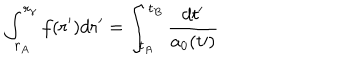
\int _ { r _ { A } } ^ { r _ { \gamma } } f ( r ^ { \prime } ) d r ^ { \prime } = \int _ { t _ { A } } ^ { t _ { B } } \frac { d t ^ { \prime } } { a _ { 0 } ( t \prime ) }